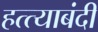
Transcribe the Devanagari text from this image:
हत्त्याबंदी